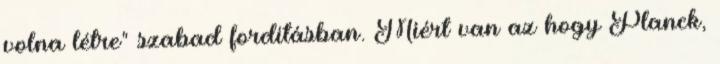
volna létre" szabad fordításban. Miért van az hogy Planck,